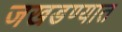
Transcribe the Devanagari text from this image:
जखडण्यात